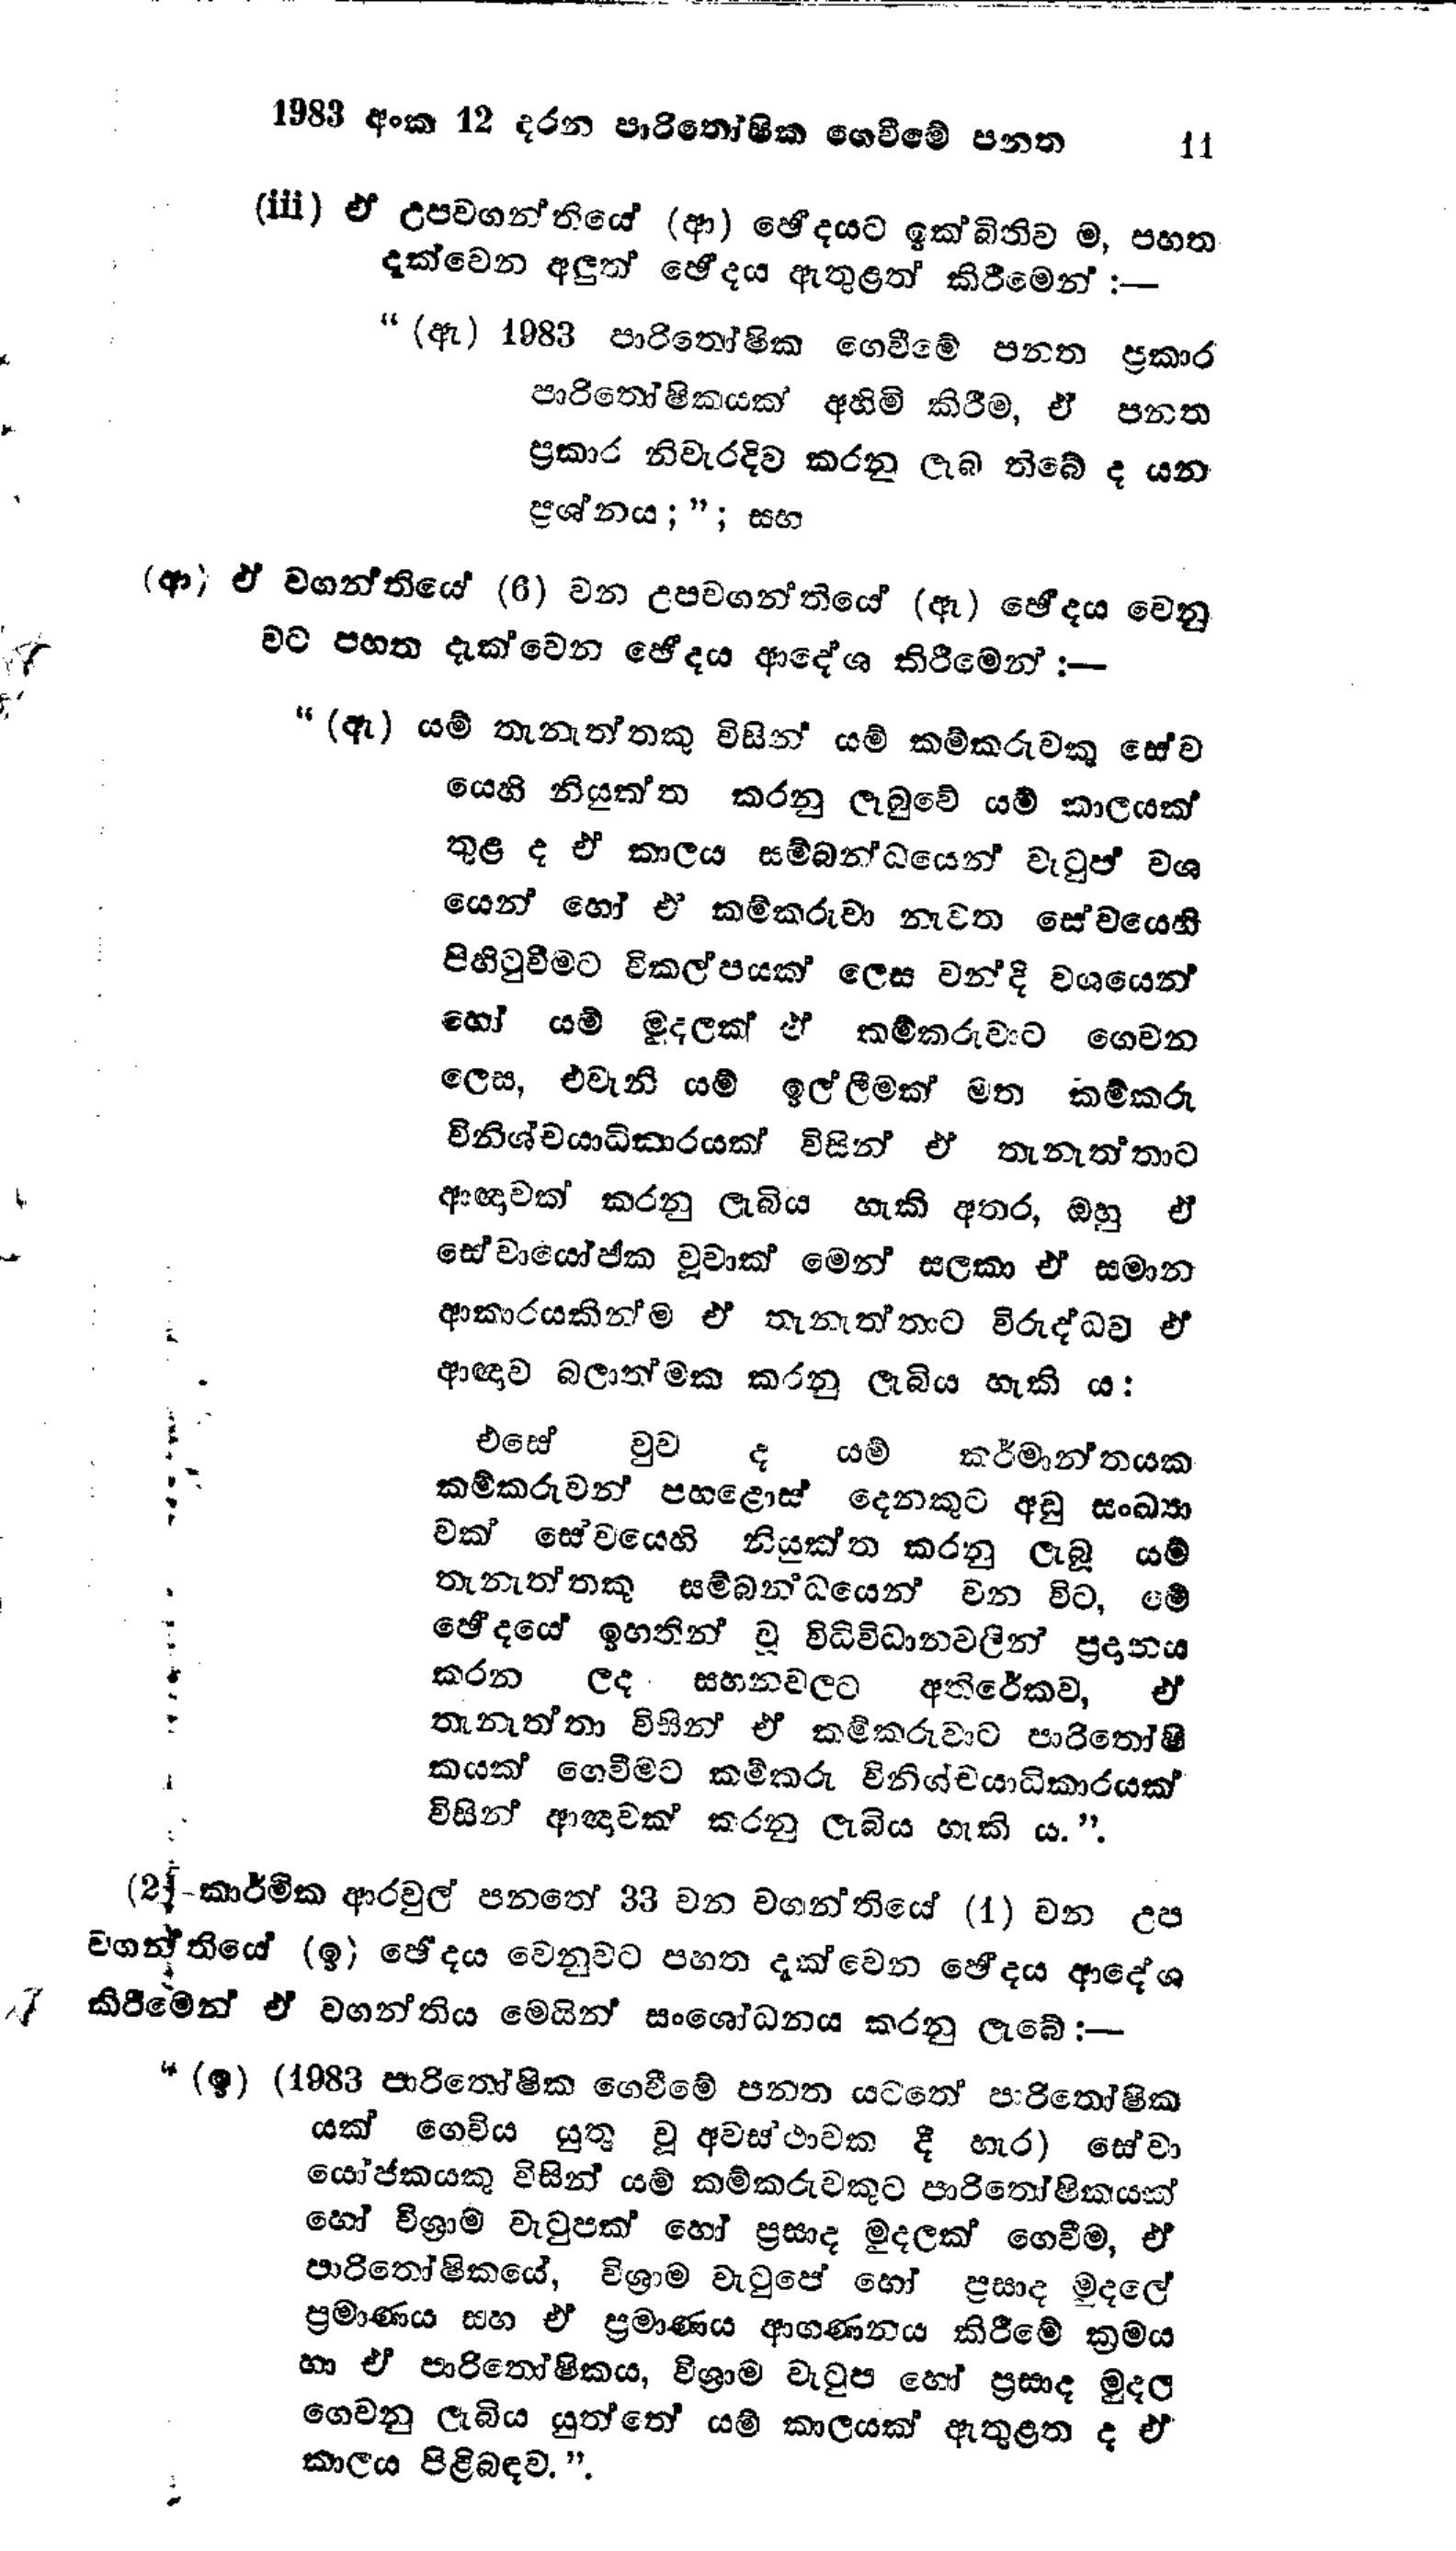
1983 අංක 12 දරන පාරිතෝෂික ගෙවීමේ පනත  11

(iii) ඒ උපවගන්තියේ (ආ) ඡේදයට ඉක්බිතිව ම, පහත
දැක්වෙන අලුත් ඡේදය ඇතුළත් කිරීමෙන්:—

“(ඇ) 1983 පාරිතෝෂික ගෙවීමේ පනත ප්‍රකාර
පාරිතෝෂිකයක් අහිමි කිරීම, ඒ පනත
ප්‍රකාර නිවැරදිව කරනු ලැබ තිබේ ද යන
ප්‍රශ්නය; " ; සහ

(ආ) ඒ වගන්තියේ (6) වන උපවගන්තියේ (ඈ) ඡේදය වෙනු
වට පහත දැක්වෙන ඡේදය ආදේශ කිරීමෙන් :-

“ (ඇ) යම් තැනැත්තකු විසින් යම් කම්කරුවකු සේව
යෙහි නියුක්ත කරනු ලැබුවේ යම් කාලයක්
තුළ ද ඒ කාලය සම්බන්ධයෙන් වැටුප් වශ
යෙන් හෝ ඒ කම්කරුවා නැවත සේවයෙහි
පිහිටුවීමට විකල්පයක් ලෙස වන්දි වශයෙන්
හෝ යම් මුදලක් ඒ කම්කරුවාට ගෙවන
ලෙස, එවැනි යම් ඉල්ලීමක් මත කම්කරු
විනිශ්චයාධිකාරයක් විසින් ඒ තැනැත්තාට
ආඥාවක් කරනු ලැබිය හැකි අතර, ඔහු ඒ
සේවායෝජක වූවාක් මෙන් සලකා ඒ සමාන
ආකාරයකින්ම ඒ තැනැත්තාට විරුද්ධව ඒ
ආඥාව බලාත්මක කරනු ලැබිය හැකි ය:

එසේ වුව දී යම් කර්මාන්තයක
කම්කරුවන් පහළොස් දෙනකුට අඩු සංඛ්‍යා
වක් සේවයෙහි නියුක්ත කරනු ලැබූ යම්
තැනැත්තකු සම්බන්ධයෙන් වන විට, මේ
ඡේදයේ ඉහතින් වූ විධිවිධානවලින් ප්‍රදානය
කරන ලද සහනවලට අතිරේකව, ඒ
තැනැත්තා විසින් ඒ කම්කරුවාට පාරිතෝෂි
කයක් ගෙවීමට කම්කරු විනිශ්චයාධිකාරයක්
විසින් ආඥාවක් කරනු ලැබිය හැකි ය.".

(2) කාර්මික ආරවුල් පනතේ 33 වන වගන්තියේ (1) වන උප
වගන්තියේ (ඉ) ඡේදය වෙනුවට පහත දැක්වෙන ඡේදය ආදේශ
කිරීමෙන් ඒ වගන්තිය මෙයින් සංශෝධනය කරනු ලැබේ :—
“(ඉ) (1983 පාරිතෝෂික ගෙවීමේ පනත යටතේ පාරිතෝෂික
යක් ගෙවිය යුතු වූ අවස්ථාවක දී හැර) සේවා
යෝජකයකු විසින් යම් කම්කරුවකුට පාරිතෝෂිකයක්
හෝ විශ්‍රාම වැටුපක් හෝ ප්‍රසාද මුදලක් ගෙවීම, ඒ
පාරිතෝෂිකයේ, විශ්‍රාම වැටුපේ හෝ ප්‍රසාද මුදලේ
ප්‍රමාණය සහ ඒ ප්‍රමාණය ආගණනය කිරීමේ ක්‍රමය
හා ඒ පාරිතෝෂිකය, විශ්‍රාම වැටුප හෝ ප්‍රසාද මුදල
ගෙවනු ලැබිය යුත්තේ යම් කාලයක් ඇතුළත ද ඒ
කාලය පිළිබඳව.".